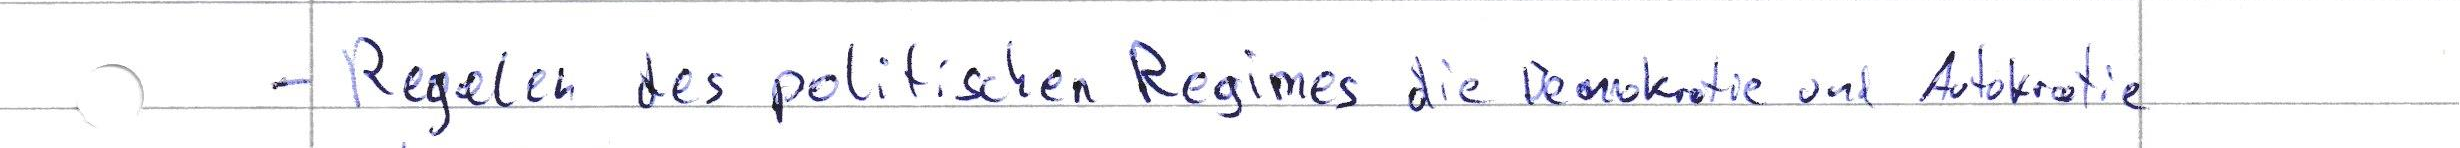
- Regelen des politischen Regimes die Demokratie und Autokratie